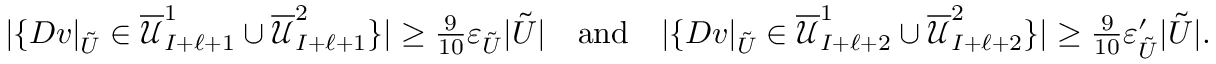
\begin{array} { r } { | \{ D v | _ { \tilde { U } } \in \overline { { \mathcal { U } } } _ { I + \ell + 1 } ^ { 1 } \cup \overline { { \mathcal { U } } } _ { I + \ell + 1 } ^ { 2 } \} | \geq \frac { 9 } { 1 0 } \varepsilon _ { \tilde { U } } | \tilde { U } | \quad \mathrm { a n d } \quad | \{ D v | _ { \tilde { U } } \in \overline { { \mathcal { U } } } _ { I + \ell + 2 } ^ { 1 } \cup \overline { { \mathcal { U } } } _ { I + \ell + 2 } ^ { 2 } \} | \geq \frac { 9 } { 1 0 } \varepsilon _ { \tilde { U } } ^ { \prime } | \tilde { U } | . } \end{array}